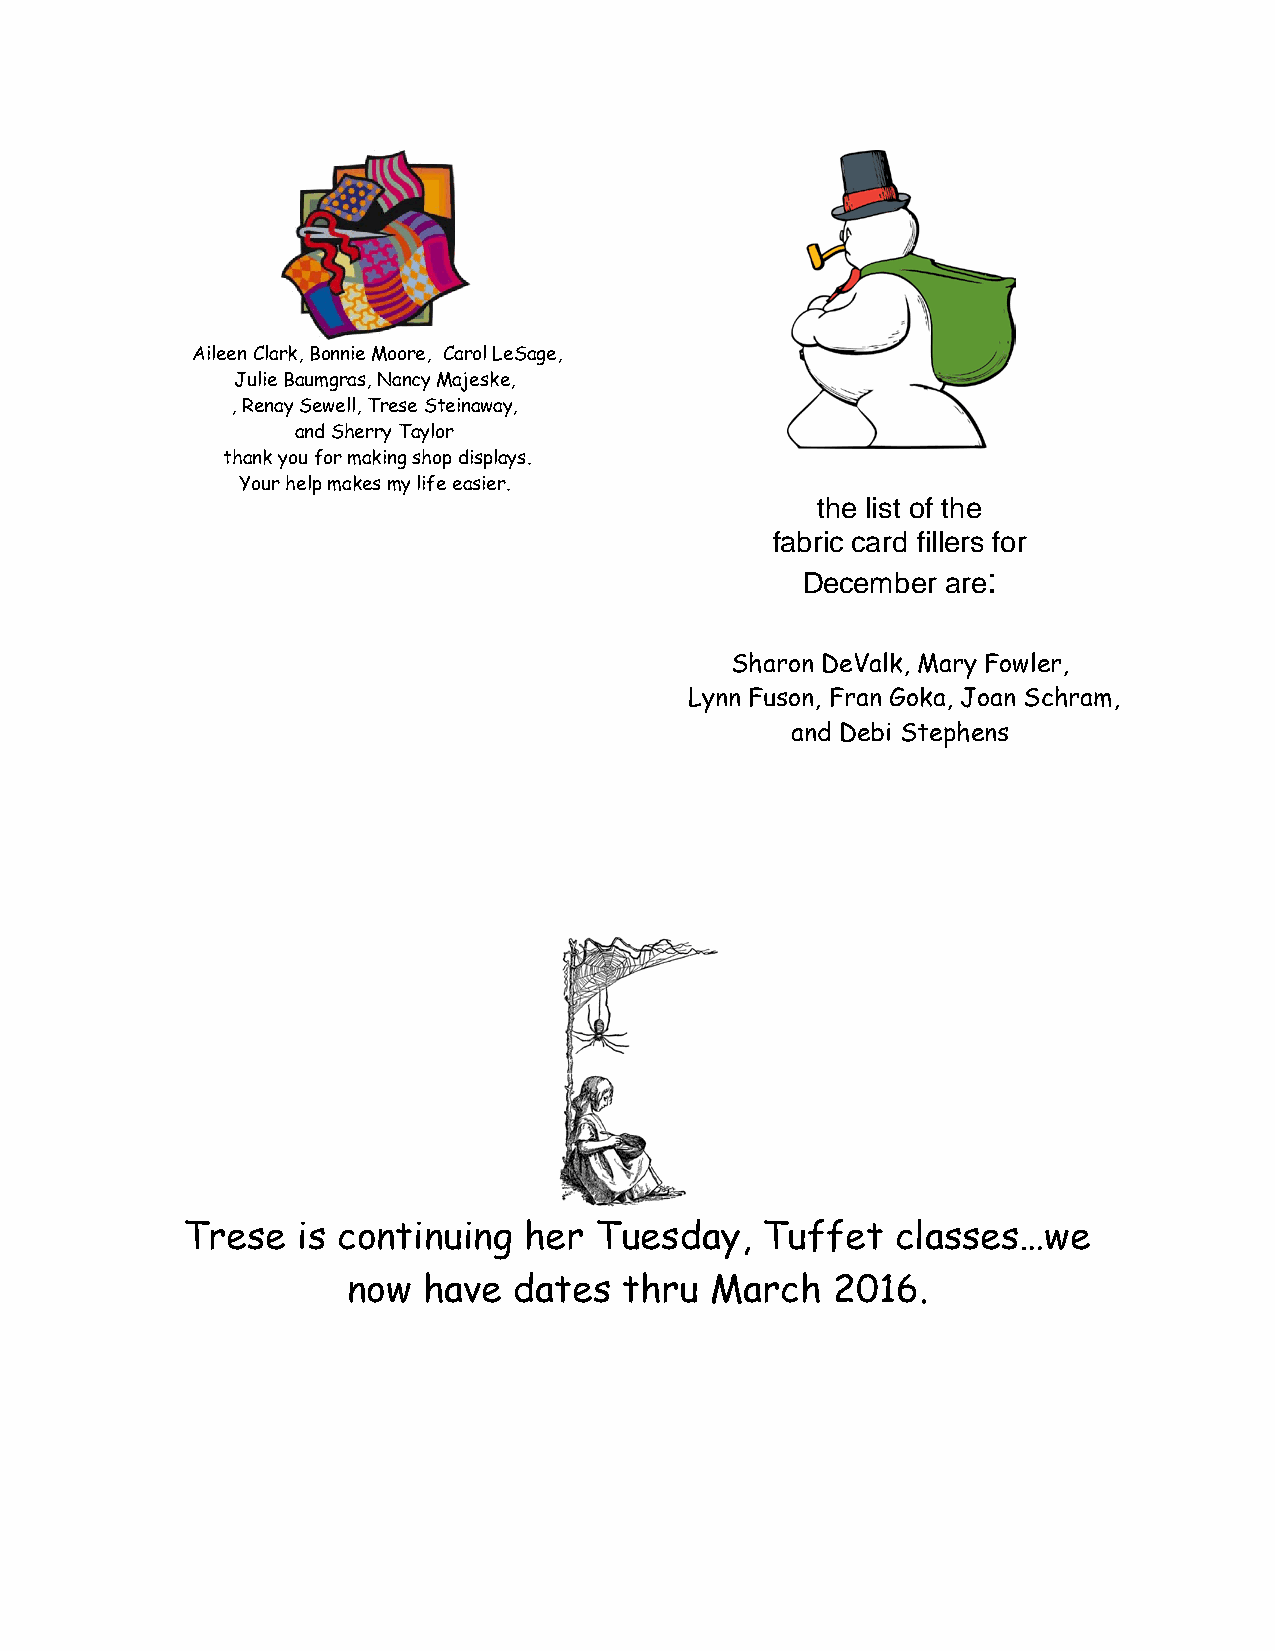
Aileen Clark, Bonnie Moore, Carol LeSage,
 Julie Baumgras, Nancy Majeske,
 , Renay Sewell, Trese Steinaway,
 and Sherry Taylor
 thank you for making shop displays.
 Your help makes my life easier.
 the list of the
 fabric card fillers for
 December  are:
 Sharon DeValk, Mary Fowler,
 Lynn Fuson, Fran Goka, Joan Schram,
 and Debi Stephens
 Trese   is continuing  her Tuesday,   Tuffet   classes…we
 now  have  dates  thru  March   2016.